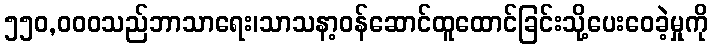
၅၅၀,၀၀၀သည်ဘာသာရေး၊သာသနာ့ဝန်ဆောင်ထူထောင်ခြင်းသို့ပေးဝေခဲ့မှုကို